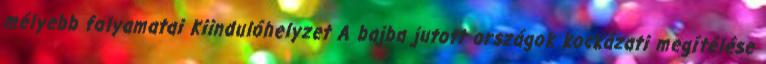
mélyebb folyamatai Kiindulóhelyzet A bajba jutott országok kockázati megítélése